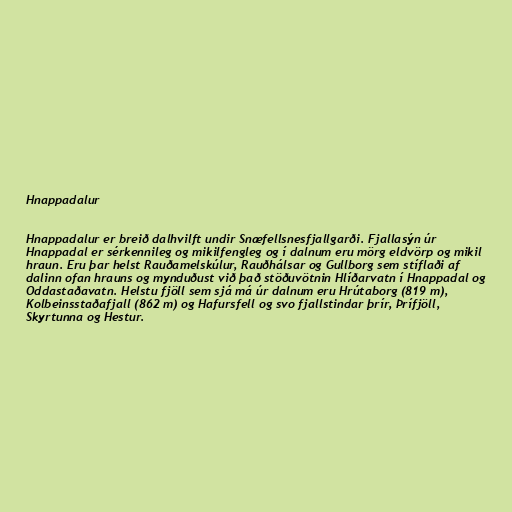
Hnappadalur

Hnappadalur er breið dalhvilft undir Snæfellsnesfjallgarði. Fjallasýn úr
Hnappadal er sérkennileg og mikilfengleg og í dalnum eru mörg eldvörp og mikil
hraun. Eru þar helst Rauðamelskúlur, Rauðhálsar og Gullborg sem stíflaði af
dalinn ofan hrauns og mynduðust við það stöðuvötnin Hlíðarvatn í Hnappadal og
Oddastaðavatn. Helstu fjöll sem sjá má úr dalnum eru Hrútaborg (819 m),
Kolbeinsstaðafjall (862 m) og Hafursfell og svo fjallstindar þrír, Þrífjöll,
Skyrtunna og Hestur.